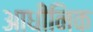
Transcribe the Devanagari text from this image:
आधीनिक